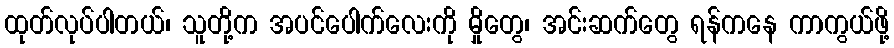
ထုတ်လုပ်ပါတယ်၊ သူတို့က အပင်ပေါက်လေးကို မှိုတွေ၊ အင်းဆက်တွေ ရန်ကနေ ကာကွယ်ဖို့